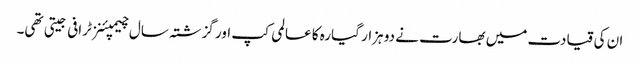
ان کی قیادت میں بھارت نے دو ہزار گیارہ کا عالمی کپ اور گزشتہ سال چیمپئنز ٹرافی جیتی تھی۔